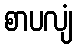
စာပလျံ